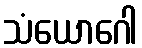
သံယောဂေါ